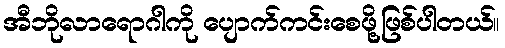
အီဘိုလာရောဂါကို ပျောက်ကင်းစေဖို့ဖြစ်ပါတယ်။